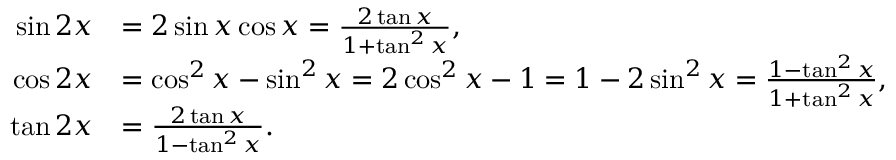
{ \begin{array} { r l } { \sin 2 x } & { = 2 \sin x \cos x = { \frac { 2 \tan x } { 1 + \tan ^ { 2 } x } } , } \\ { \cos 2 x } & { = \cos ^ { 2 } x - \sin ^ { 2 } x = 2 \cos ^ { 2 } x - 1 = 1 - 2 \sin ^ { 2 } x = { \frac { 1 - \tan ^ { 2 } x } { 1 + \tan ^ { 2 } x } } , } \\ { \tan 2 x } & { = { \frac { 2 \tan x } { 1 - \tan ^ { 2 } x } } . } \end{array} }